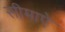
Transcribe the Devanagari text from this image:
सीमाऐ